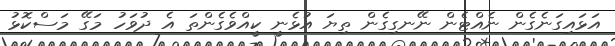
އަޅައިގަނެގެން ނެއްޓެން ނޭނގިގެން ތިޔަ އުޅެނީ ކީއްވެގެންތަ އެ ދުވަހު މަގޭ މަސްކޮޅު